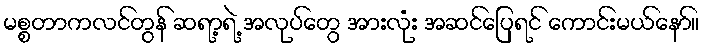
မစ္စတာကလင်တွန် ဆရာ့ရဲ့ အလုပ်တွေ အားလုံး အဆင်ပြေရင် ကောင်းမယ်နော်။